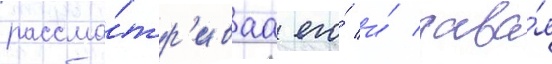
рассма́тр'иваа его́ и́ дава́я